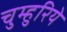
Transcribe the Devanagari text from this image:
चुम्हुरिये